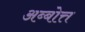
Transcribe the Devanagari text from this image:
अब्बोत्त